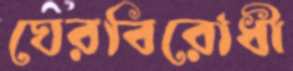
ঘেরবিরোধী